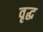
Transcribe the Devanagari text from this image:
वृद्घ